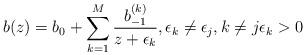
LaTeX: \begin{align*} b(z)=b_0+\sum_{k=1}^{M}\frac{b_{-1}^{(k)}} {z+\epsilon_k}, \epsilon_k\neq \epsilon_j, k\neq j \epsilon_k>0\end{align*}